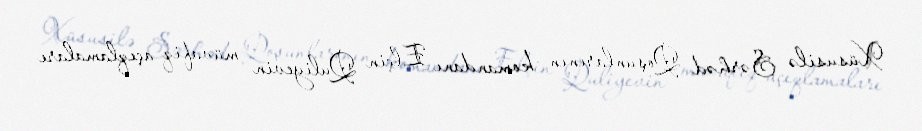
Xüsusilə Sərhəd Qoşunlarının komandanı Elçin Quliyevin müvafiq açıqlamaları